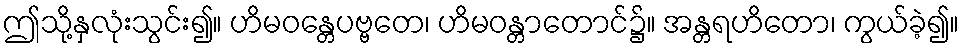
ဤသို့နှလုံးသွင်း၍။ ဟိမဝန္တေပဗ္ဗတေ၊ ဟိမဝန္တာတောင်၌။ အန္တရဟိတော၊ ကွယ်ခဲ့၍။